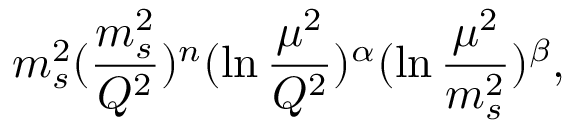
m _ { s } ^ { 2 } ( \frac { m _ { s } ^ { 2 } } { Q ^ { 2 } } ) ^ { n } ( \ln \frac { \mu ^ { 2 } } { Q ^ { 2 } } ) ^ { \alpha } ( \ln \frac { \mu ^ { 2 } } { m _ { s } ^ { 2 } } ) ^ { \beta } ,